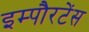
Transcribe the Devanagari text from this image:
इम्पौरटेंस